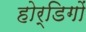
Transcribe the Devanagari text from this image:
होर्डिगों